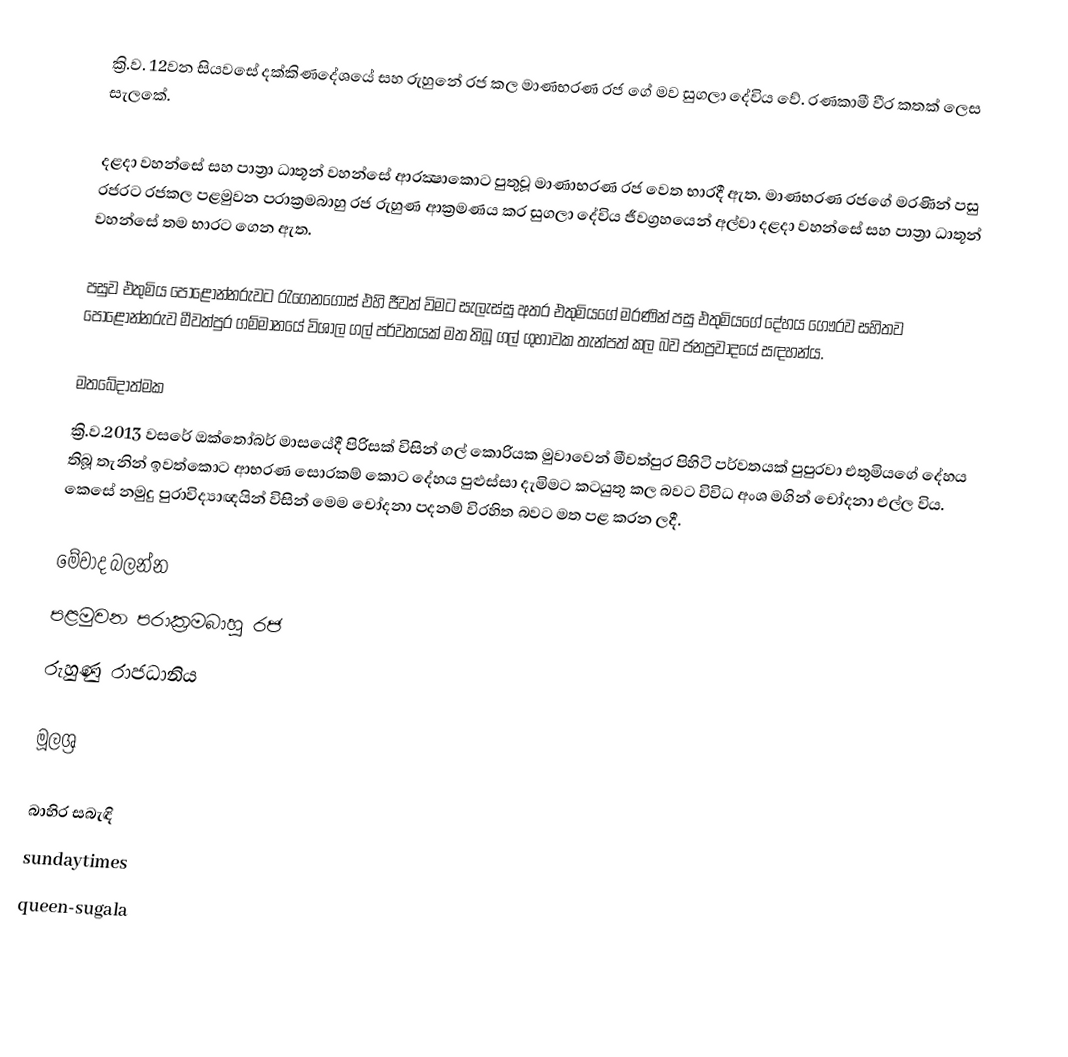
ක්‍රි.ව. 12වන සියවසේ දක්කිණදේශයේ සහ රුහුනේ රජ කල මාණභරණ රජ ගේ මව සුගලා දේවිය වේ. රණකාමී වීර කතක් ලෙස සැලකේ.

දළදා වහන්සේ සහ පාත්‍රා ධාතූන් වහන්සේ ආරක්‍ෂාකොට පුතුවූ මාණාභරණ රජ වෙත භාරදී ඇත. මාණභරණ රජගේ මරණින් පසු රජරට රජකල පළමුවන පරාක්‍රමබාහු රජ රුහුණ  ආක්‍රමණය කර සුගලා දේවිය ජීවග්‍රහයෙන් අල්වා දළදා වහන්සේ සහ පාත්‍රා ධාතූන් වහන්සේ තම භාරට ගෙන ඇත.

පසුව එතුමිය පොළොන්නරුවට රැගෙනගොස් එහි ජීවත් විමට සැලැස්සු අතර එතුමියගේ මරණින් පසු එතුමියගේ දේහය ගෞරව සහිතව පොළොන්නරුව  මීවත්පුර ගම්මානයේ විශාල ගල් පර්වතයක් මත තිබූ ගල් ගුහාවක තැන්පත් කල බව ජනප්‍රවාදයේ සඳහන්ය.

මතබේදාත්මක
ක්‍රි.ව.2013 වසරේ ඔක්තෝබර් මාසයේදී පිරිසක් විසින් ගල් කොරියක මුවාවෙන්  මීවත්පුර පිහිටි පර්වතයක් පුපුරවා එතුමියගේ දේහය තිබූ තැනින් ඉවත්කොට ආභරණ සොරකම් කොට දේහය පුළුස්සා දැමිමට කටයුතු කල බවට විවිධ අංශ මගින් චෝදනා එල්ල විය. කෙසේ නමුදු පුරාවිද්‍යාඥයින් විසින් මෙම චෝදනා පදනම් විරහිත බවට මත පළ කරන ලදී.

මේවාද බලන්න
 පළමුවන පරාක්‍රමබාහු රජ
 රුහුණු රාජධානිය

මූලශ්‍ර

බාහිර සබැඳි
 sundaytimes
 queen-sugala